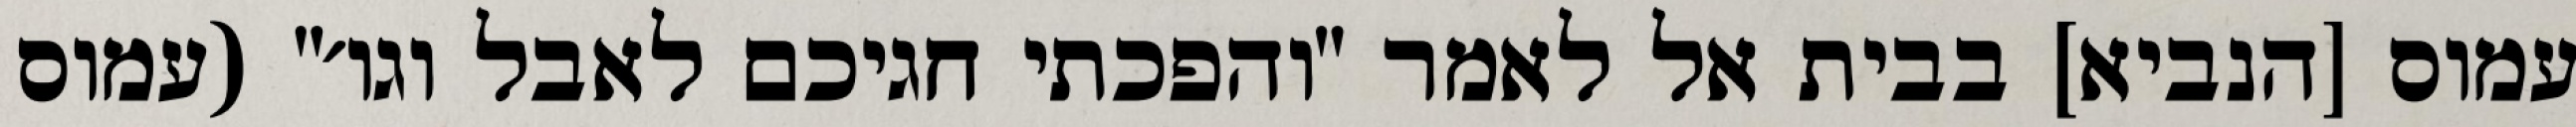
עמוס [הנביא] בבית אל לאמר "והפכתי חגיכם לאבל וגו׳" (עמוס